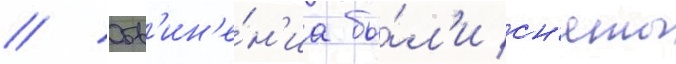
// Обв'ин'е́н'иа бы́л'и сн'яты